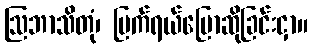
ဩဘာသိတုံ၊ ပြက်ရယ်ပြောဆိုခြင်းငှာ။